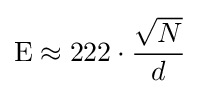
{\mbox{E}}\approx 222\cdot {\frac {\sqrt {N}}{d}}